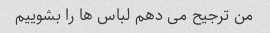
من ترجیح می دهم لباس ها را بشوییم